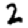
Digit: 2